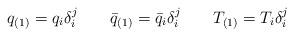
LaTeX: \begin{align*}q_{(1)}=q_i \delta_i^j \qquad \bar{q}_{(1)}=\bar{q}_i \delta_i^j \qquad T_{(1)}=T_i \delta_i^j\end{align*}